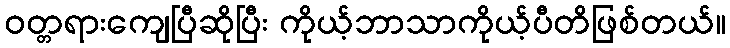
ဝတ္တရားကျေပြီဆိုပြီး ကိုယ့်ဘာသာကိုယ့်ပီတိဖြစ်တယ်။